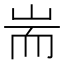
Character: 耑